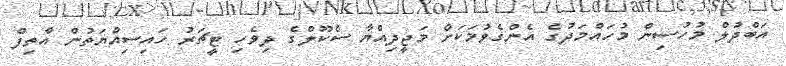
އަބްދުލް މުހުސިން މުހައްމަދުގެ އެންގެވުމަކަށް މަޖީދިއްޔާ ސްކޫލްގެ ދިވެހި ޓީޗަރު ހައިސިއްޔަތުން އާތިފް